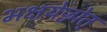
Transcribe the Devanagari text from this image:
भक्षयेज्ज्पेत्